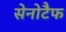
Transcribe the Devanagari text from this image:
सेनोटैफ